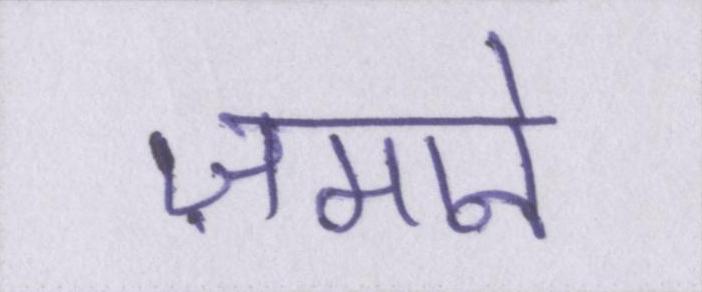
ज़माने